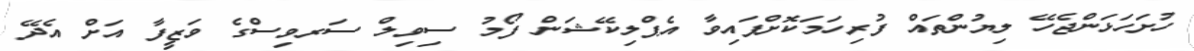
ހުށަހަޅަންޖެހޭ ލިޔުންތައް ފުރިހަމަކޮށްފައިވާ އެޕްލިކޭޝަން ފޯމު ސިވިލް ސަރވިސްގެ ވަޒީފާ އަށް އެދޭ